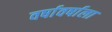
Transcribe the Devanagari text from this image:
वर्षावर्षाला